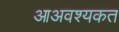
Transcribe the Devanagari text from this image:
आअवश्यकत